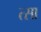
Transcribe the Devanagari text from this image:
त्सा